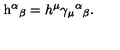
\mathrm { h } ^ { \alpha } { } _ { \beta } = h ^ { \mu } \gamma _ { \mu } { } ^ { \alpha } { } _ { \beta } .